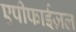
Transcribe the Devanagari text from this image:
एपीफाईज़ल